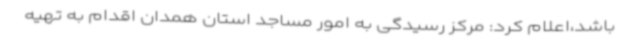
باشد،اعلام کرد: مرکز رسیدگی به امور مساجد استان همدان اقدام به تهیه